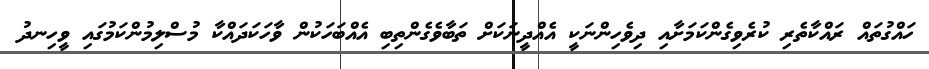
ހައްގުތައް ރައްކާތެރި ކުރެވިގެންކަމަށާއި ދިވެހިންނަކީ އެއްދީނަކަށް ތަބާވެގެންތިބި އެއްބަހަކުން ވާހަކަދައްކާ މުސްލިމުންކަމުގައި ވީހިނދު